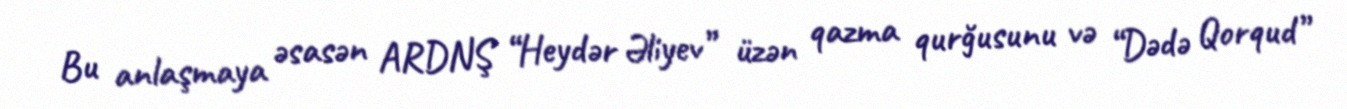
Bu anlaşmaya əsasən ARDNŞ “Heydər Əliyev” üzən qazma qurğusunu və “Dədə Qorqud”